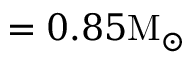
= 0 . 8 5 \mathrm { M _ { \odot } }